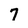
Character: 7